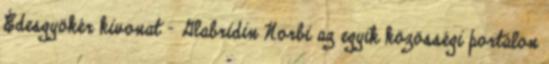
Édesgyökér kivonat - Glabridin Norbi az egyik közösségi portálon